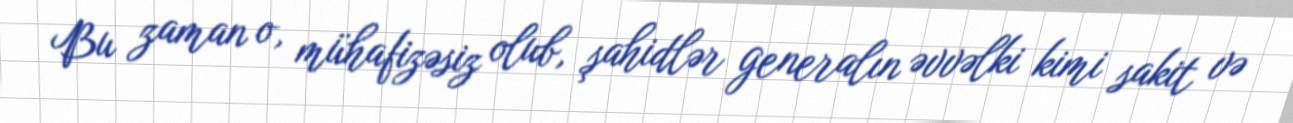
Bu zaman o, mühafizəsiz olub, şahidlər generalın əvvəlki kimi sakit və